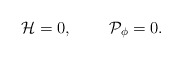
\begin{align*}{\cal H}=0,\;\;\;\;\;\;\;\;{\cal P}_{\phi}=0.\end{align*}